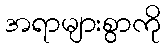
အရာများစွာကို